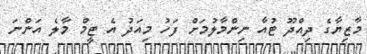
މާޒިޔާގެ ދިއްދޫ ޓުއާ ނިންމާލުމަށް ފަހު މިއަދު އެ ޓީމް މާލެ އަންނަ